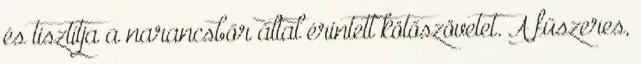
és tisztítja a narancsbőr által érintett kötőszövetet. A fűszeres,